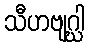
သီဟဗျဂ္ဃါ